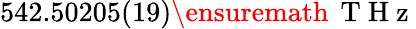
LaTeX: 542.50205(19)\ensuremath{\, \mathrm{~T~H~z~}}